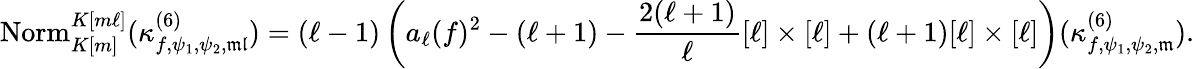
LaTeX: \mathrm{Norm}_{K[m]}^{K[m\ell]}(\kappa_{f,\psi_{1},\psi_{2},\mathfrak{ml}}^{(6)})=(\ell-1)\left(a_{\ell}(f)^{2}-(\ell+1)-\frac{2(\ell+1)}{\ell}[\ell]\times[\ell]+(\ell+1)[\ell]\times[\ell]\right)(\kappa_{f,\psi_{1},\psi_{2},\mathfrak{m}}^{(6)}).